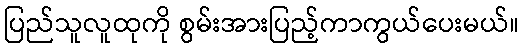
ပြည်သူလူထုကို စွမ်းအားပြည့်ကာကွယ်ပေးမယ်။